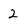
Character: 2